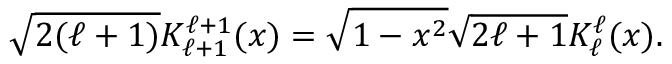
\sqrt { 2 ( \ell + 1 ) } K _ { \ell + 1 } ^ { \ell + 1 } ( x ) = \sqrt { 1 - x ^ { 2 } } \sqrt { 2 \ell + 1 } K _ { \ell } ^ { \ell } ( x ) .